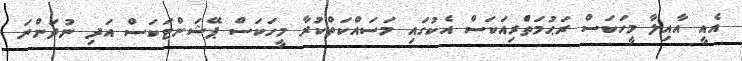
އެއީ އާއިލާ މީހަކަސް ރަޙުމަތްެރިއަކަސް އެކުގައި މަސައްކަތްކުރާ މީހަކަސް ޕޭޝަންޓަކަސް އަދި ނުދަންނަ